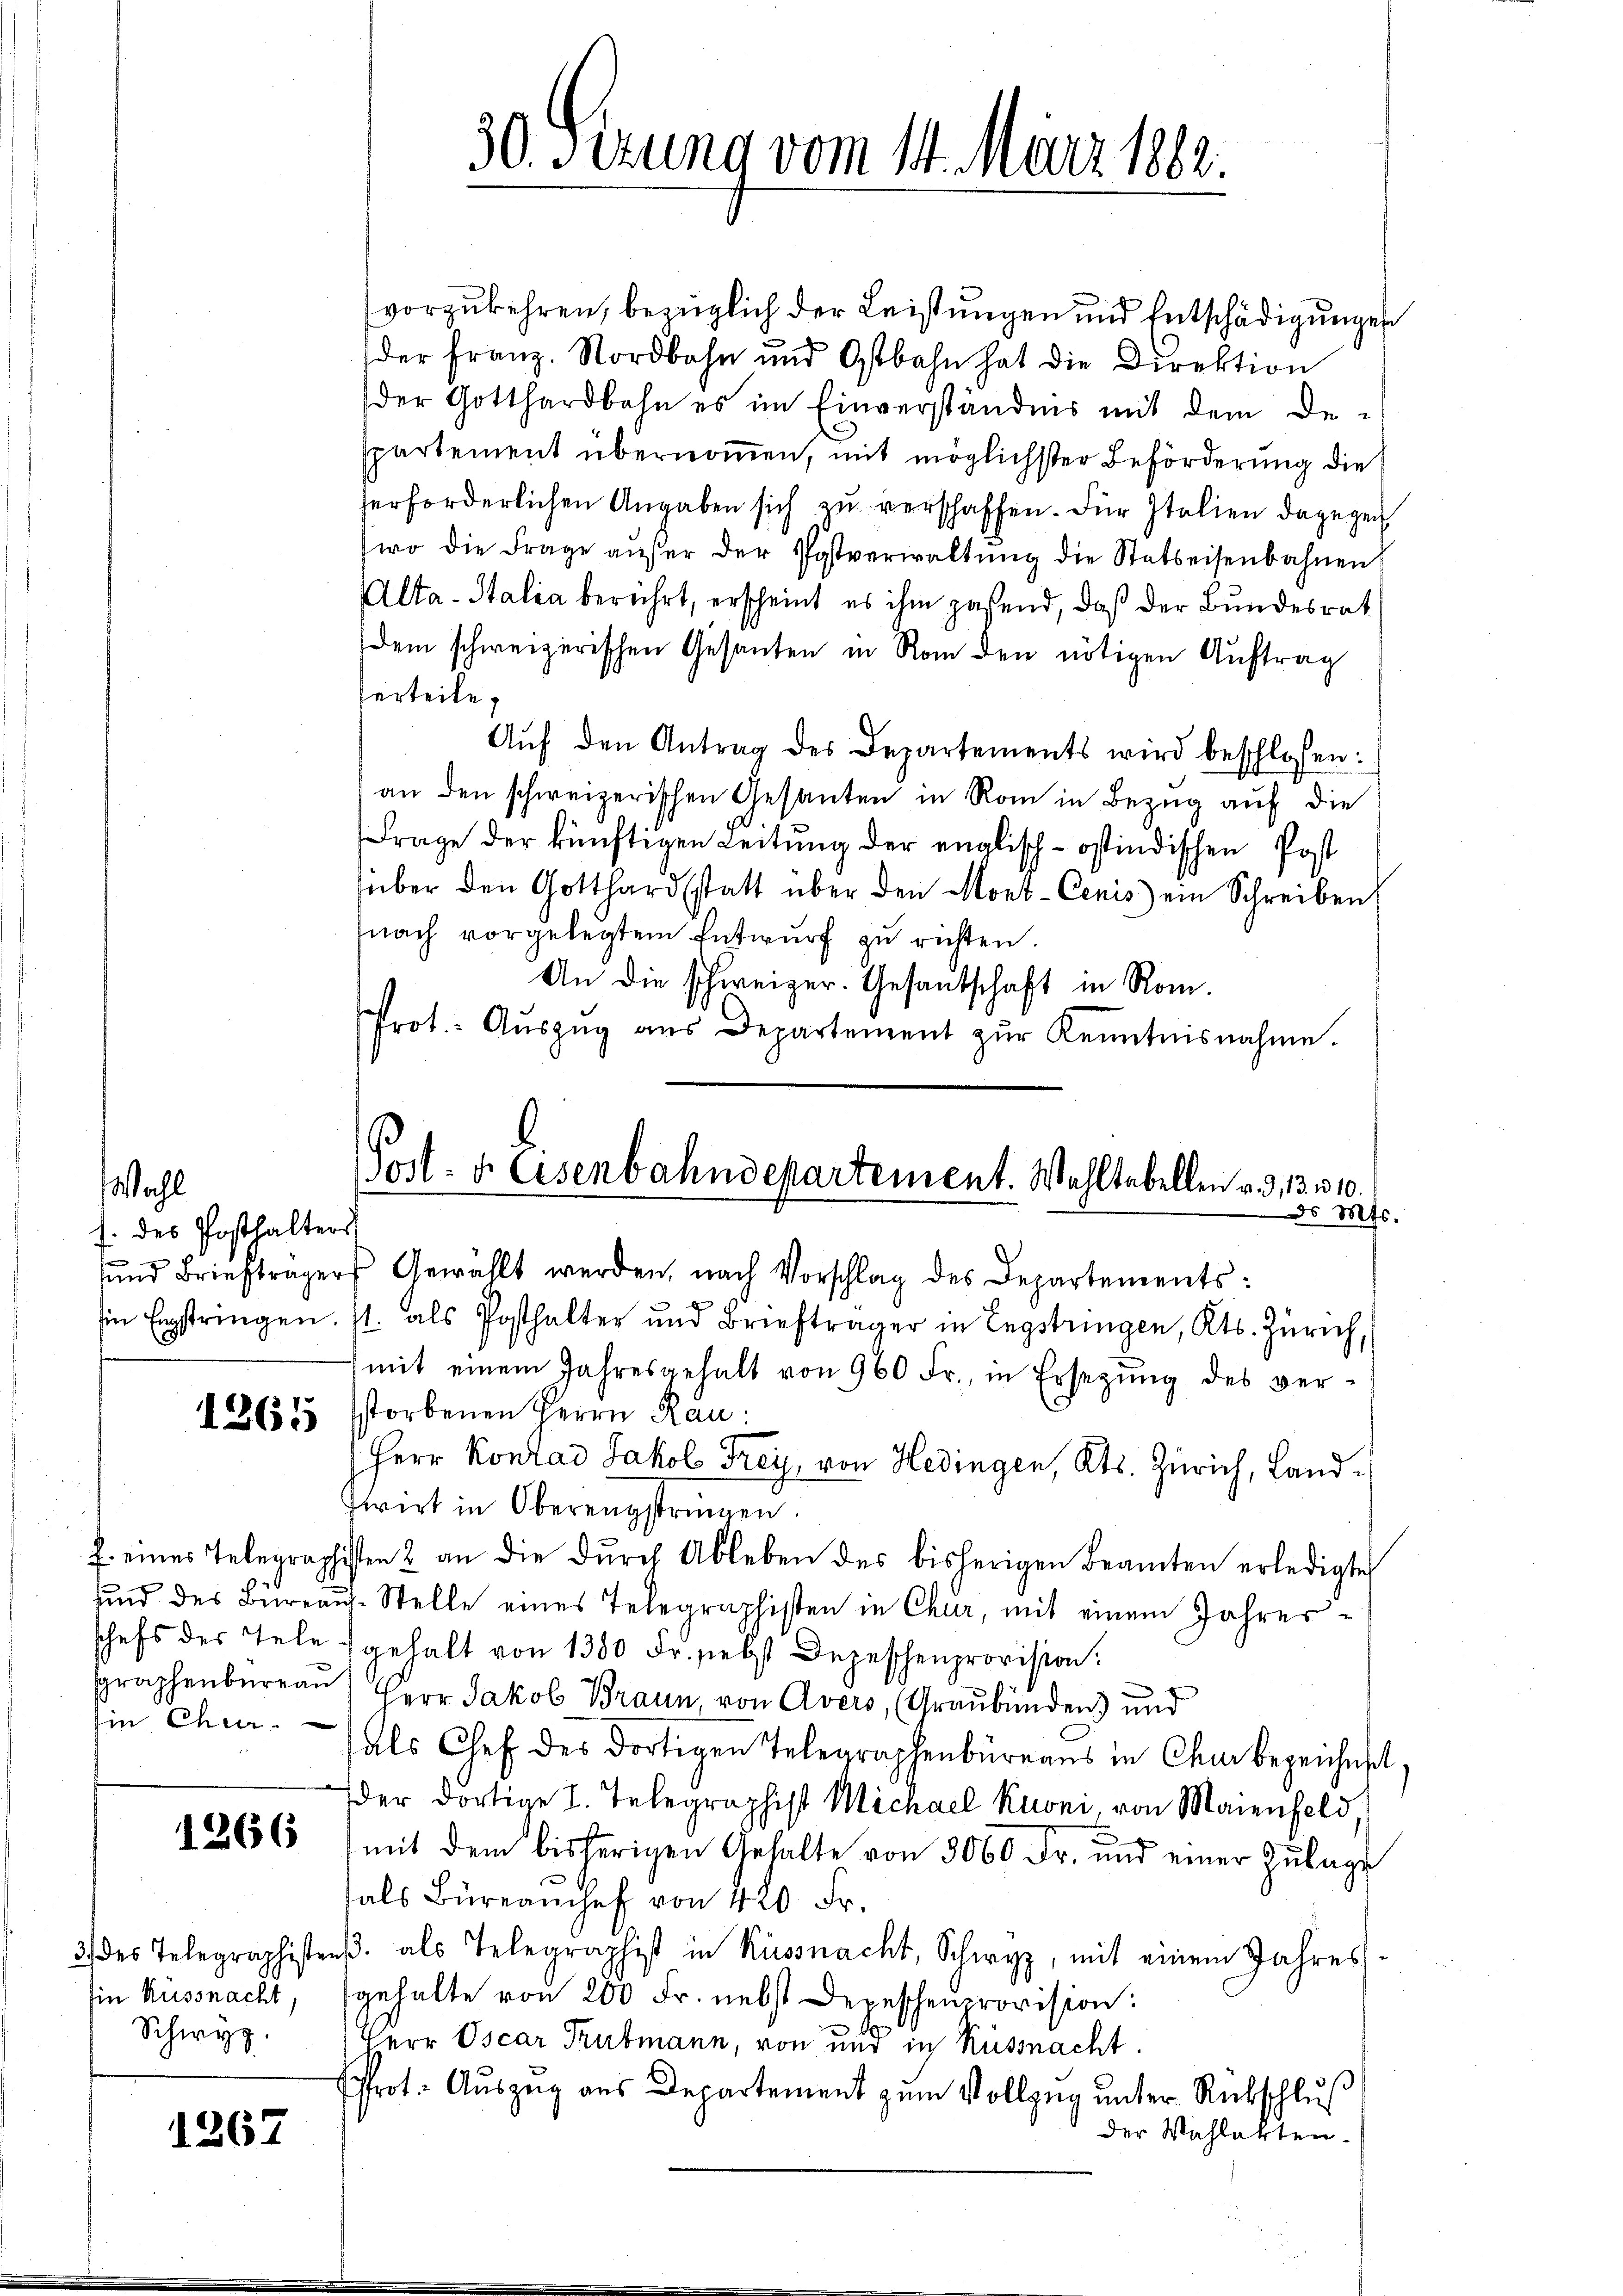
Wahl
s. des Posthalters
g

1265

Ein Chur.

1266

Iin Küssnacht,
Schwyz.

1267

vorzukehren, bezüglich der Leistungen und Entschädigungen
der Franz. Nordbahn und Ostbahn hat die Direktion
der Gotthardbahn es im Einverständnis mit dem De-
spartement übernomen, mit möglichster Beförderung die
erforderlichen Angaben sich zu verschaffen. Für Italien dagegen
wo die Frage aŭfer der Postverwaltŭng die Statteisenbahnen
Alta-Italia berührt, erscheint es ihm paßend, daß der Bundesrat
dem schweizerischen Gesanten in Rom den nötigen Auftrag
erteile,
Aŭf den Antrag des Departements wird beschlossen:
an den schweizerischen Gesanten in Rom in Bezug auf die
Frage der künftigen Leitung der englisch-östindischen Post
süber den Gotthardsstatt über den Mont-Cenis) ein Schreiben
nach vorgelegtem Entwurf zu richten.
An die schweizer. Gesandschaft in Rom.
Prot. Aŭszŭg aŭs Departement zŭr Kenntnisnahme.

30. Sizung vom 14. März 1882.

Post- & Eisenbahndepartement. Wahltabellen v. d. 13310.
d. Mts.

und Briefträgers Gewählt werden, nach Vorschlag des Departements:
in Erstringen, s. als Posthalter und Briefträger in Engstringen, Kts. Zürich,
mit einem Jahresgehalt von 960 Fr., in Ersezung des verstorbenen Herrn Rau
Herr Konrad Jakob Frey, von Hedingen, Kts. Zürich, Landwirt in Oberengstringen.
2. eines Telegraphisten 2 an die dŭrch Ableben des bisherigen Beamten erledigte
sind des Büreaŭs-Stelle eines Telegraphisten in Chur, mit einem Jahres-
schefs des Tele gehalt von 1380 Fr. selbst Depeschenprovision.
raphenbureau) Herr Jakob Braun, von Avers, (Graubünden und
als Chef des dortigen Telegraphenbüreaus in Chur bezeichnet.
der dortige I. Telegraphist Michael Kuoni, von Maienfeld,
mit dem bisherigen Gehalte von 3000 Fr. und einer Zulage
als Büreaŭchef von 420 Fr.
3 des Telegraphistens als Telegraphist in Küssnacht, Schwyz, mit einem Jahres-
gehalte von 200 Fr. nebst Depeschenprovision:
Herr Oscar Trubmann, von und in Küssnacht.
Prot. Auszug aus Departement zum Vollzug unter Rückschluß
der Wahlakten.